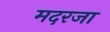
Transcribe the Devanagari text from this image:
मदरजा